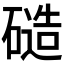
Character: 𬒝